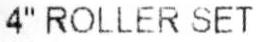
4" ROLLER SET